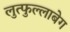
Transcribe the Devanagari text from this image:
लुत्फुल्लाबेग